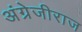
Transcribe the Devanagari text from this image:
अंग्रेजीराज